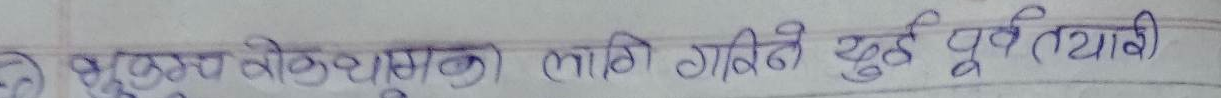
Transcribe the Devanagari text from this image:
युद्ध बन्दुकमाथि लागी गरिने युद्ध पूर्वतयारी